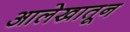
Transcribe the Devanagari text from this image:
आलेखातून